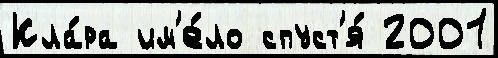
Кла́ра им'е́ло спуст'я́ 2001